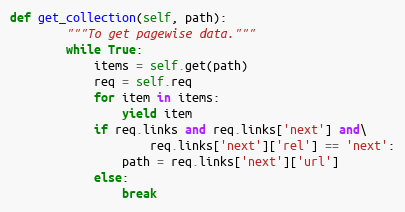
Language: Python
def get_collection(self, path):
        """To get pagewise data."""
        while True:
            items = self.get(path)
            req = self.req
            for item in items:
                yield item
            if req.links and req.links['next'] and\
                    req.links['next']['rel'] == 'next':
                path = req.links['next']['url']
            else:
                break